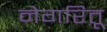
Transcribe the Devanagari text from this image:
नेगरितू